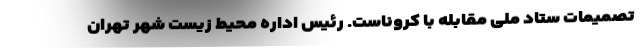
تصمیمات ستاد ملی مقابله با کروناست. رئیس اداره محیط زیست شهر تهران